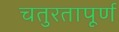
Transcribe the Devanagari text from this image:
चतुरतापूर्ण